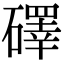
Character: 礋